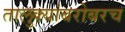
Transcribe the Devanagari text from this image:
तालुक्यांबरोबरच